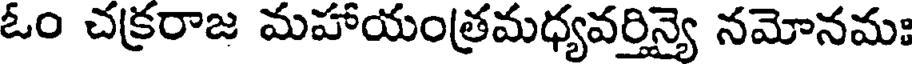
ఓం చక్రరాజ మహాయంత్రమధ్యవర్తిన్యై నమోనమః